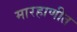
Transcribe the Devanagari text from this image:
मारहाणीत